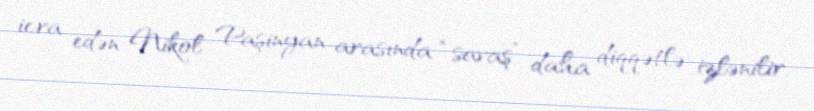
icra edən Nikol Paşinyan arasında “savaş” daha diqqətlə izlənilir.